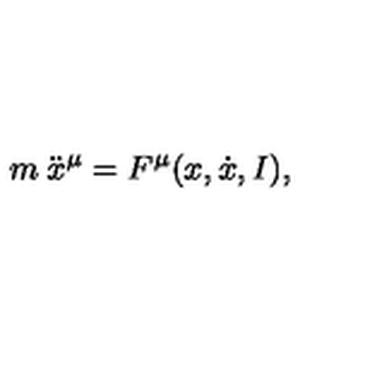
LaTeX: m \: \ddot { x } ^ { \mu } = F ^ { \mu } ( x , \dot { x } , I ) ,